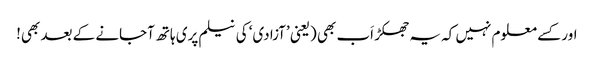
اور کسے معلوم نہیں کہ یہ جھکڑ اَب بھی (یعنی ’آزادی‘ کی نیلم پری ہاتھ آجانے کے بعد بھی!